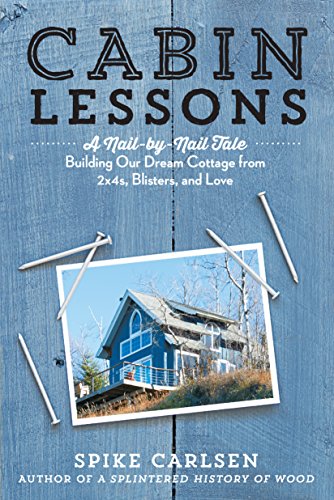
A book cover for Cabin Lessons: A Nail-by-Nail Tale: Building Our Dream Cottage from 2x4s, Blisters, and Love; Spike Carlsen; Crafts, Hobbies & Home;